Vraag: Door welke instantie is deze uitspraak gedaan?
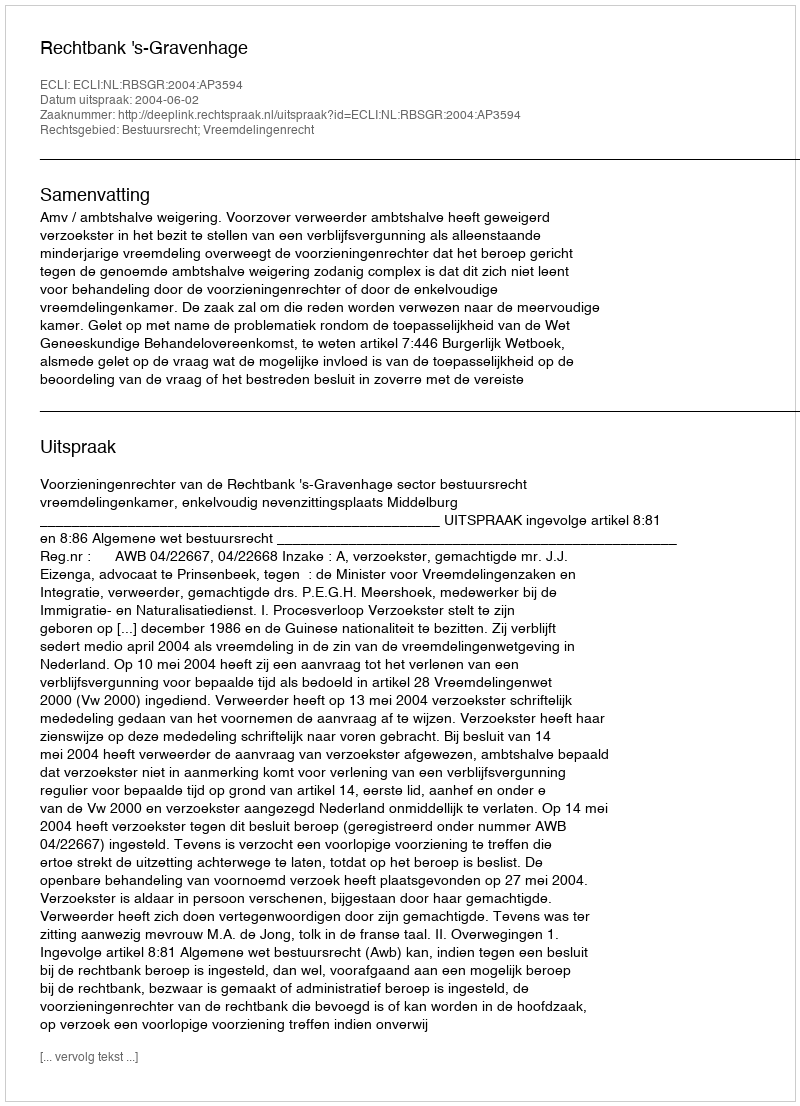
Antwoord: Rechtbank 's-Gravenhage